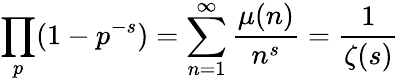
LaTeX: \prod_{p}(1-p^{-s})=\sum_{n=1}^{\infty}{\frac{\mu(n)}{n^{s}}}={\frac{1}{\zeta(s)}}